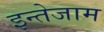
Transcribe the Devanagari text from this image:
इन्तेजाम